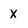
Character: X